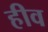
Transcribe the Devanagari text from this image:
हीव